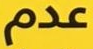
عدم